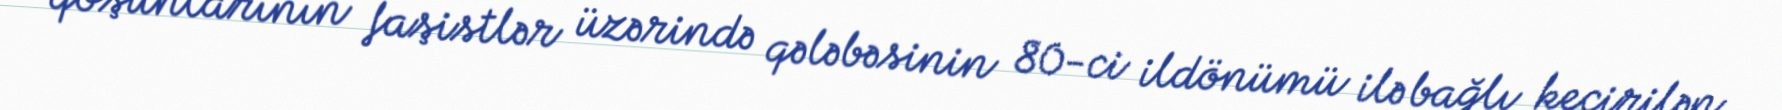
qoşunlarının faşistlər üzərində qələbəsinin 80-ci ildönümü ilə bağlı keçirilən